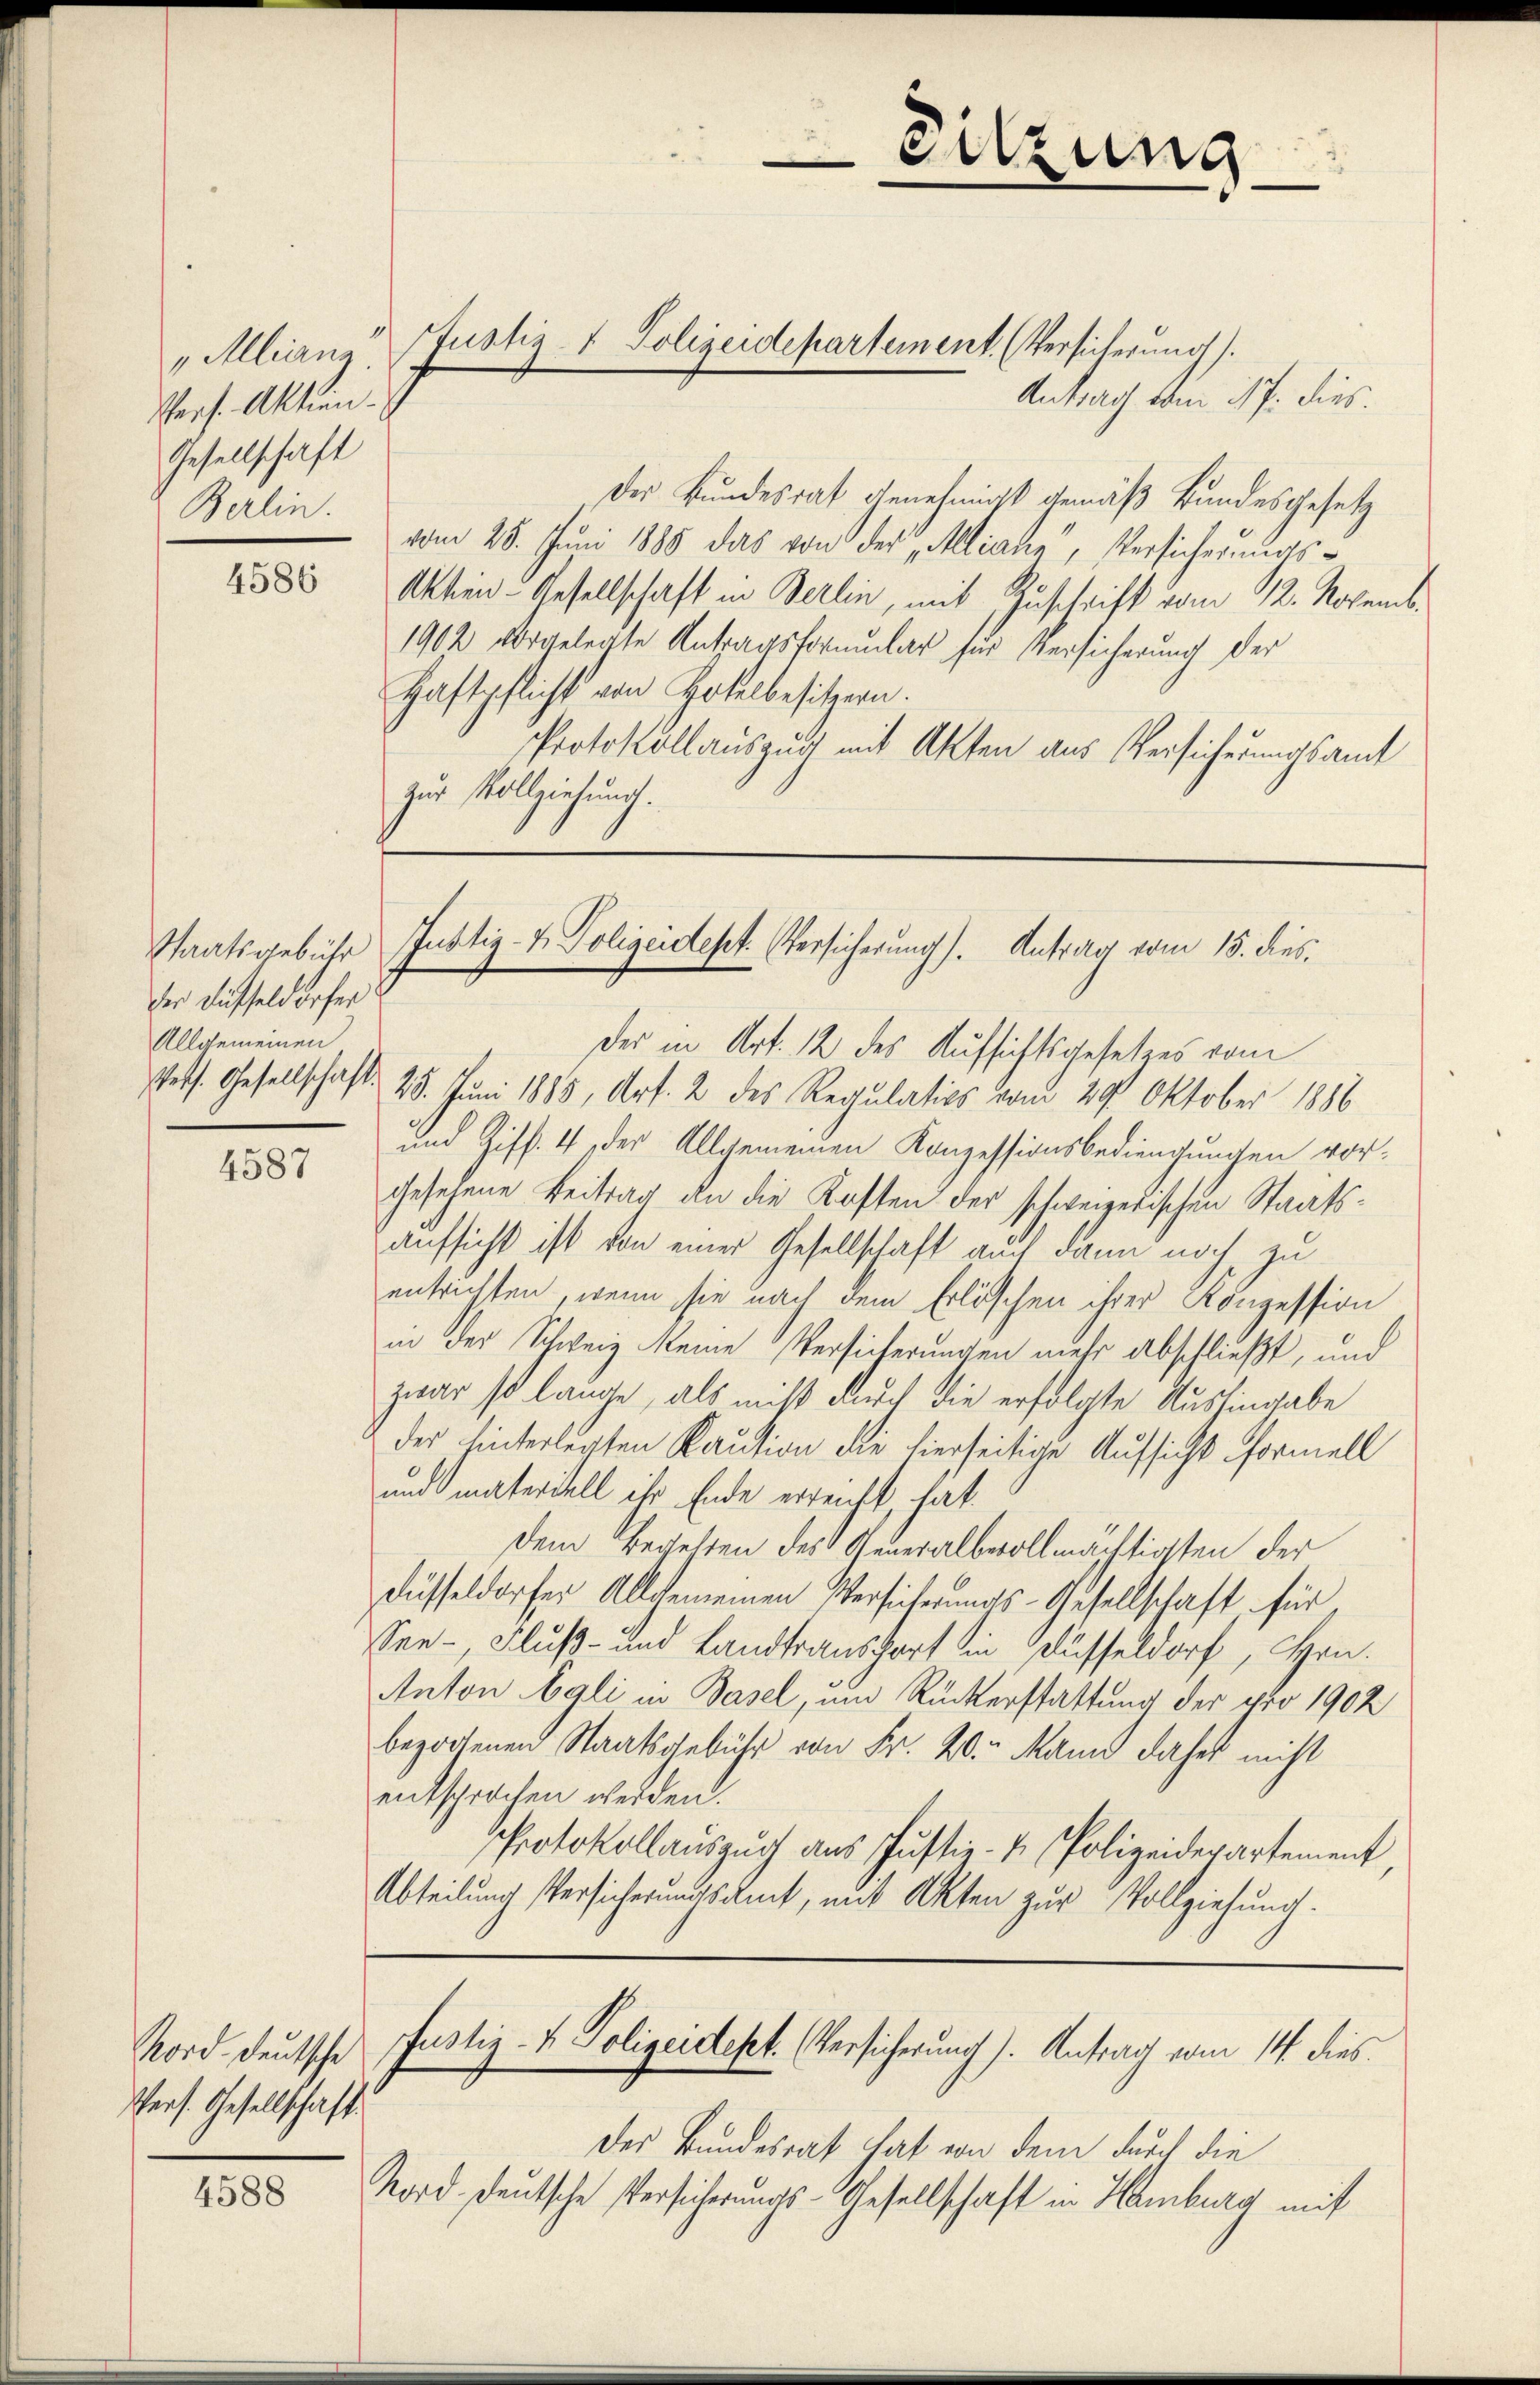
„Allianz.
Pers. Aktien¬
Gesellschaft
Berlin.

4588

4586

Staatsgebühr
der Füsseldorfer
Allgemeinen

4587

Norddeutsche
Pers. Gesellschaft

Antrag vom 17. dies
Der Bundesrat genehmigt gemäß Bundesgesetz
vom 28. Juni 1888 das von der Alliane, Versicherungs¬
Akhen-Gesellschaft in Berlin, mit Zuschrift vom 12. Novemb.
1902 vorgelegte Antragsformular für Versicherung der
Haftpflicht von Hotelbesitzern.
Protokollauszug mit Akten aus Versicherungsamt
zur Vollziehung.

Justiz- & Polizeidepartement. (Versicherung).

Sitzung
e

Justiz- & Polizeidest. Versicherung). Antrag vom 15. dies

Der in Art. 12 des Aufsichtsgesetzes vom
sets. Gesellschaft. 25. Juni 1885, Art. 2 des Regulatios vom 29. Oktober 1888
und Giff. 4, der Allgemeinen Konzessionsbediengungen vorgesehene Beitrag an die Kosten der schweizerischen Staatsaufsicht ist von einer Gesellschaft auch dann noch zu
entrichten, wenn sie nach dem Erlöschen ihrer Konzession
in der Schweiz keine Versicherungen mehr abschließt, und
zwar so lange, als mißt durch die erfolgte Aushingabe
der hinterlegten Kaution die hierseitige Aufsicht Formell
und materiell ihr Ende erreicht, hat.
dem Begelten des Generalbvollmächtigten der
düsseldorfer Allgemeinen Versicherungs-Gesellschaft für
See-, Fluß- und Landtransport in Gelüsseldorf, Hrn.
Anton Egli in Basel, ein Rückerstattung der pro 1902
bezogenen Staatsgebühr von Fr. 20. Mann daher nicht
entsprochen werden.
Protokollauszug aus Justiz- & Polizeiderartement,
Abteilung Versicherundsamt, mit Akten zur Vollziehung.

Der Bundesrat hat von dem durch die
Norddeutsche Versicherungs-Gesellschaft in Hamburg mit

Justiz- & Polizeidept. (Versicherung). Antrag vom 14. dies